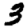
Digit: 3